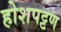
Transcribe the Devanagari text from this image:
होशपट्टण